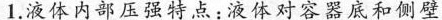
.液体内部压强特点：液体对容器底和侧壁